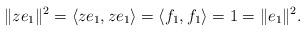
LaTeX: \begin{align*}\|z e_1\|^2=\langle z e_1, z e_1\rangle=\langle f_1, f_1\rangle =1=\|e_1\|^2.\end{align*}